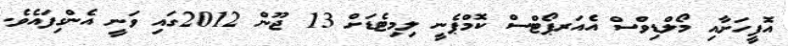
އޮފީހަށާއި މޯލްޑިވްސް އެއަރޕޯޓްސް ކޮމްޕެނީ ލިމިޓެޑަށް 13 ޖޫން 2012ގައި ވަނީ އެންގިފައެވެ.